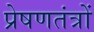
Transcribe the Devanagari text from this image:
प्रेषणतंत्रों